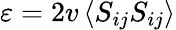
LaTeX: \varepsilon=2v\left\langle S_{ij}S_{ij}\right\rangle